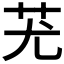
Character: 𦬓